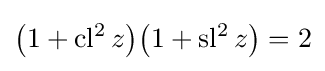
{\bigl (}1+\operatorname {cl^{2}} z{\bigr )}{\bigl (}1+\operatorname {sl^{2}} z{\bigr )}=2